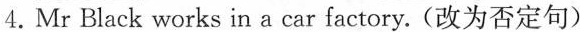
4.Mr Black works in a car factory.(改为否定句)